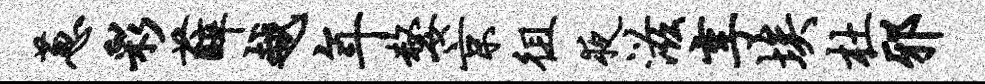
葱彩薛越年嫠京徂夜滋享埃杜邪